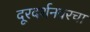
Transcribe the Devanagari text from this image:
दूरदर्शनवरचा